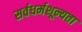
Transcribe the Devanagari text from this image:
सर्वधर्मशून्यता